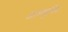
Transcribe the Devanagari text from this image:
अलब्यूमिन